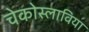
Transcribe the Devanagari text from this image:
चेकोस्लाविया